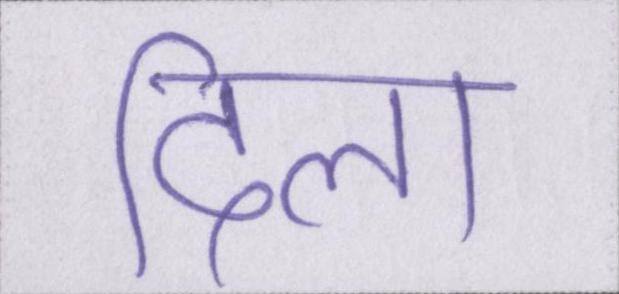
दिला